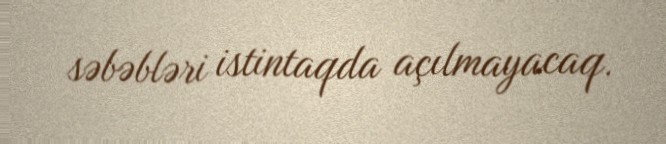
səbəbləri istintaqda açılmayacaq.